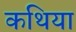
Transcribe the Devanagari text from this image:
कथिया